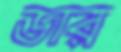
ডার